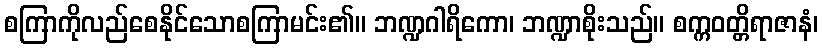
စကြာကိုလည်စေနိုင်သောစကြာမင်း၏။ ဘဏ္ဍဂါရိကော၊ ဘဏ္ဍာစိုးသည်။ စက္ကဝတ္တိရာဇာနံ၊